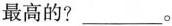
最高的?___。